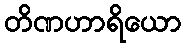
တိဏဟာရိယော